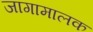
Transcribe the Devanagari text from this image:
जागामालक